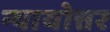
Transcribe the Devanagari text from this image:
न्यायोत्तर